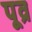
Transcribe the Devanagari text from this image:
पूव्र